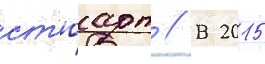
ст'юарт // В 2015